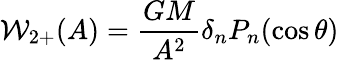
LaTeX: {\cal{W}}_{2+}(A)={\frac{GM}{A^{2}}}\delta_{n}P_{n}(\cos\theta)